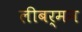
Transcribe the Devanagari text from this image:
लीबर्मन